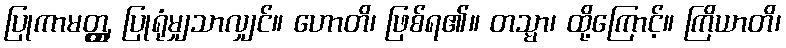
ပြုကာမတ္တ္ထ, ပြုရုံမျှသာလျှင်။ ဟောတိ၊ ဖြစ်ရ၏။ တသ္မာ၊ ထို့ကြောင့်။ ကြိယာတိ၊